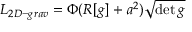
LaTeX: { \cal L } _ { 2 D - g r a v } = \Phi ( R [ g ] + a ^ { 2 } ) \sqrt { \operatorname * { d e t } g }